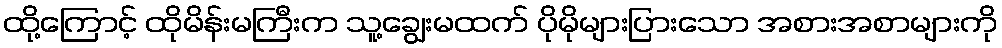
ထို့ကြောင့် ထိုမိန်းမကြီးက သူ့ချွေးမထက် ပိုမိုများပြားသော အစားအစာများကို